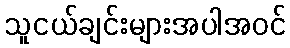
သူငယ်ချင်းများအပါအဝင်